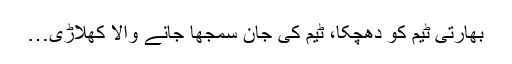
بھارتی ٹیم کو دھچکا، ٹیم کی جان سمجھا جانے والا کھلاڑی…